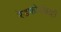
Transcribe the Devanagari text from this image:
रेडफोर्डचाही